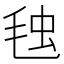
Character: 𣭦